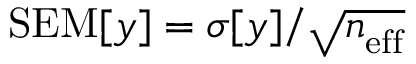
\mathrm { S E M } [ y ] = \sigma [ y ] / \sqrt { n _ { \mathrm { e f f } } ^ { \mathrm { } } }